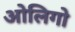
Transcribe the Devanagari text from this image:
ओलिगो